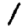
Digit: 1